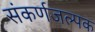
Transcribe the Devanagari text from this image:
संकर्णजल्पक